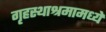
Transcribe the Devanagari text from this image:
गृहस्थाश्रमामध्ये